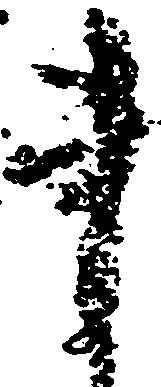
事